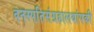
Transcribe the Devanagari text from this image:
वनस्पतिसंग्रहालयांपकी